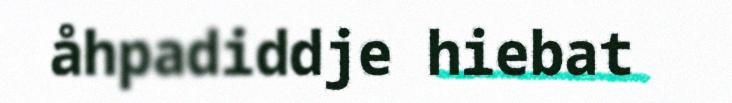
åhpadiddje hiebat